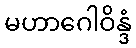
မဟာဂေါဝိန္ဒံ